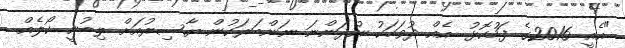
"އެއީ 2016ގެ ފަހުކޮޅު. އެއް ދުވަހަކު ނުދަންނަ ނަންބަރަކުން ޔާސިރުއަށް ލިބުނީ ކޯލެއް.